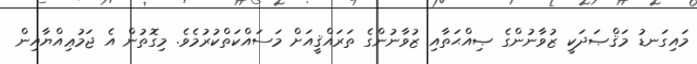
މައިގަނޑު މަޤްޞަދަކީ ޒުވާނުންގެ ޞިއްޙަތާއި ޒުވާނުންގެ ތަރައްޤީއަށް މަސައްކަތްކުރުމެވެ. މިގޮތުން އެ ޖަމުޢިއްޔާއިން